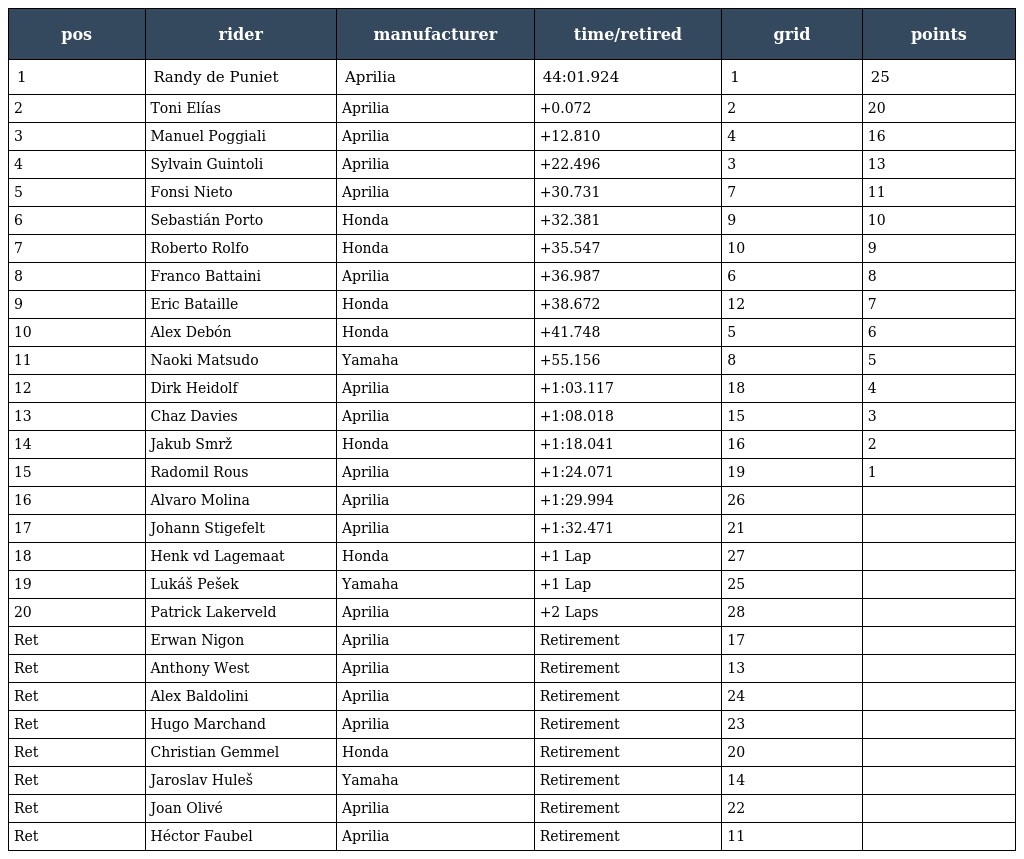
| pos | rider | manufacturer | time/retired | grid | points |
 | --- | --- | --- | --- | --- | --- |
 | 1 | Randy de Puniet | Aprilia | 44:01.924 | 1 | 25 |
 | 2 | Toni Elías | Aprilia | +0.072 | 2 | 20 |
 | 3 | Manuel Poggiali | Aprilia | +12.810 | 4 | 16 |
 | 4 | Sylvain Guintoli | Aprilia | +22.496 | 3 | 13 |
 | 5 | Fonsi Nieto | Aprilia | +30.731 | 7 | 11 |
 | 6 | Sebastián Porto | Honda | +32.381 | 9 | 10 |
 | 7 | Roberto Rolfo | Honda | +35.547 | 10 | 9 |
 | 8 | Franco Battaini | Aprilia | +36.987 | 6 | 8 |
 | 9 | Eric Bataille | Honda | +38.672 | 12 | 7 |
 | 10 | Alex Debón | Honda | +41.748 | 5 | 6 |
 | 11 | Naoki Matsudo | Yamaha | +55.156 | 8 | 5 |
 | 12 | Dirk Heidolf | Aprilia | +1:03.117 | 18 | 4 |
 | 13 | Chaz Davies | Aprilia | +1:08.018 | 15 | 3 |
 | 14 | Jakub Smrž | Honda | +1:18.041 | 16 | 2 |
 | 15 | Radomil Rous | Aprilia | +1:24.071 | 19 | 1 |
 | 16 | Alvaro Molina | Aprilia | +1:29.994 | 26 |  |
 | 17 | Johann Stigefelt | Aprilia | +1:32.471 | 21 |  |
 | 18 | Henk vd Lagemaat | Honda | +1 Lap | 27 |  |
 | 19 | Lukáš Pešek | Yamaha | +1 Lap | 25 |  |
 | 20 | Patrick Lakerveld | Aprilia | +2 Laps | 28 |  |
 | Ret | Erwan Nigon | Aprilia | Retirement | 17 |  |
 | Ret | Anthony West | Aprilia | Retirement | 13 |  |
 | Ret | Alex Baldolini | Aprilia | Retirement | 24 |  |
 | Ret | Hugo Marchand | Aprilia | Retirement | 23 |  |
 | Ret | Christian Gemmel | Honda | Retirement | 20 |  |
 | Ret | Jaroslav Huleš | Yamaha | Retirement | 14 |  |
 | Ret | Joan Olivé | Aprilia | Retirement | 22 |  |
 | Ret | Héctor Faubel | Aprilia | Retirement | 11 |  |